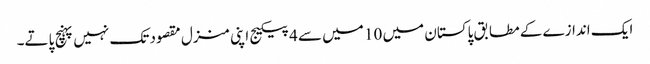
ایک اندازے کے مطابق پاکستان میں 10 میں سے 4 پیکیج اپنی منزل مقصود تک نہیں پہنچ پاتے۔